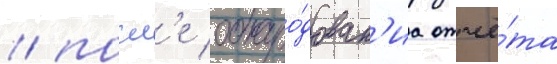
/ посл'е обнаро́дован'иа отчё́та